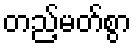
တည့်မတ်စွာ